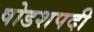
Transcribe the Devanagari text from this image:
षोडशपदी